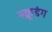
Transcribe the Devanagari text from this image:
स्क्रूइंग